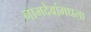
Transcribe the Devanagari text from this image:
नामदेवांमधला